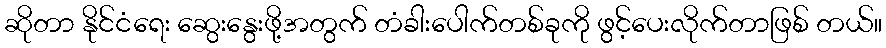
ဆိုတာ နိုင်ငံရေး ဆွေးနွေးဖို့အတွက် တံခါးပေါက်တစ်ခုကို ဖွင့်ပေးလိုက်တာဖြစ် တယ်။